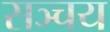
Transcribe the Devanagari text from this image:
सञ्चय